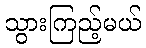
သွားကြည့်မယ်